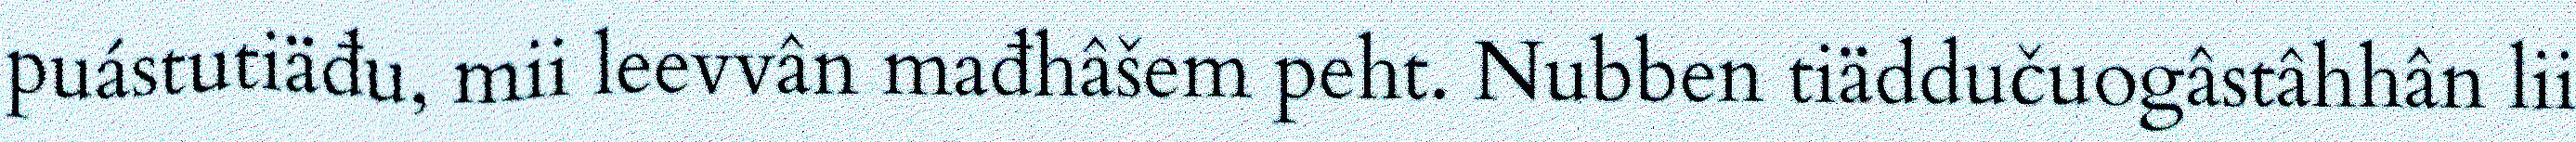
puástutiäđu, mii leevvân mađhâšem peht. Nubben tiäddučuogâstâhhân lii